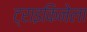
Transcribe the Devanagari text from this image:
ट्राइकिनेला